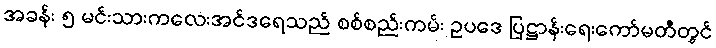
အခန်း ၅ မင်းသားကလေးအင်ဒရေသည် စစ်စည်းကမ်း ဥပဒေ ပြဋ္ဌာန်းရေးကော်မတီတွင်